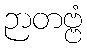
ဉာတဗ္ဗံ